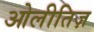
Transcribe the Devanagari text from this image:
ओलीतिज़